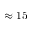
\approx 1 5